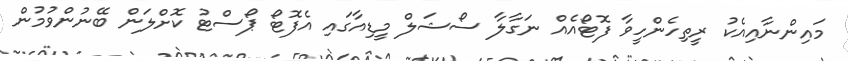
މައިންނާއިއެކު ރީތިހެންހީވާ ފޮޓޯއެއް ނަގާލާ ސޯޝަލް މީޑިއާގައި އެފޮޓޯ ޕޯސްޓު ކޮށްލަން ބޭނުންވުމުން